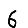
Digit: 6